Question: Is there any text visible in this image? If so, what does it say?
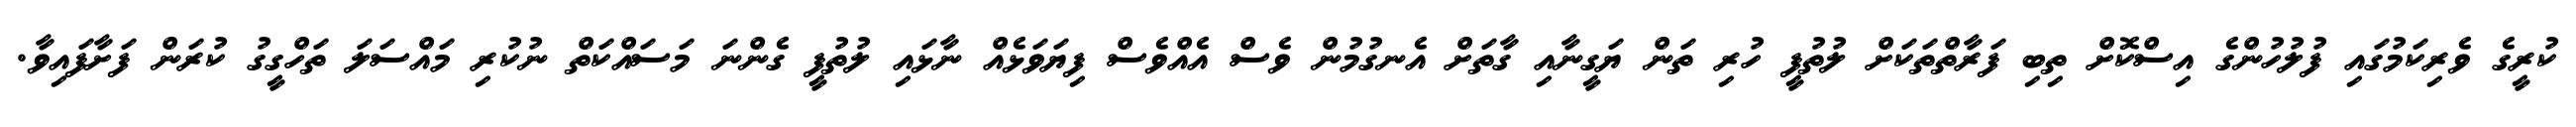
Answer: ކުރީގެ ވެރިކަމުގައި ފުލުހުންގެ އިސްކޮށް ތިބި ފަރާތްތަކަށް ލުތުފީ ހުރި ތަން ޔަގީނާއި ގާތަށް އެނގުމުން ވެސް އެއްވެސް ފިޔަވަޅެއް ނާޅައި ލުތުފީ ގެންނަ މަސައްކަތް ނުކުރި މައްސަލަ ތަހްގީގު ކުރަން ފަށާފައިވާ.